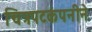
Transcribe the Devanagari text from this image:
चित्रपटकंपनीने